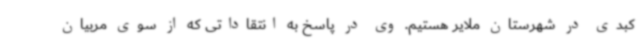
کبدی در شهرستان ملایر هستیم. وی در پاسخ به انتقاداتی که از سوی مربیان